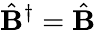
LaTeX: \hat{\mathbf B}^{\dagger}=\hat{\mathbf B}